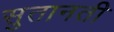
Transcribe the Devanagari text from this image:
सुतानती